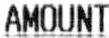
AMOUNT